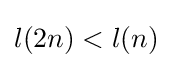
l(2n)<l(n)